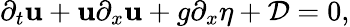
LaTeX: \partial_{t}\mathbf{u}+\mathbf{u}\partial_{x}\mathbf{u}+g\partial_{x}\eta+\mathcal{{D}}=0,